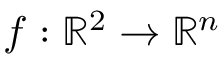
f : \mathbb { R } ^ { 2 } \to \mathbb { R } ^ { n }